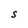
Character: S